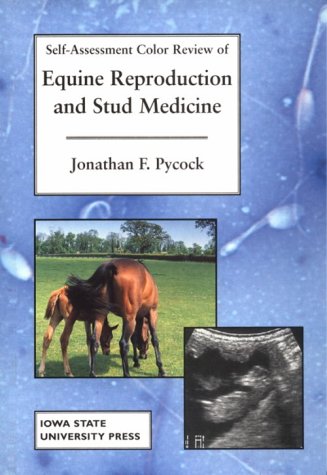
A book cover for Self-Assessment Color Review of Equine Reproduction and Stud Medicine; Jonathan F. Pycock; Medical Books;